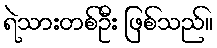
ရဲသားတစ်ဦး ဖြစ်သည်။